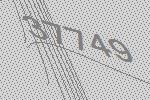
37749